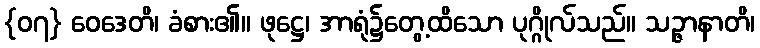
{၀၇} ဝေဒေတိ၊ ခံစား၏။ ဖုဋ္ဌေ၊ အာရုံ၌တွေ့ထိသော ပုဂ္ဂိုလ်သည်။ သဉ္ဇာနာတိ၊